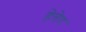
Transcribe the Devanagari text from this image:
हेतेद